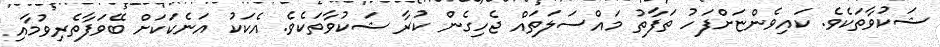
ޝަކުވާތަކެވެ. ކައިވެންޏަށްފަހު ތަފާތު މައްސަލަތައް ޖެހިގެން ކުރާ ޝަކުވާތަކެވެ. އެކަކު އަނެކަކަށް ބޭވަފާތެރިވުމާއި